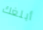
أبلغك